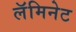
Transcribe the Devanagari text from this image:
लॅमिनेट